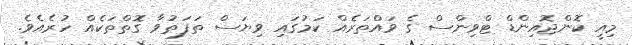
މިއީ ކޮންޖޮއިންޑް ޓްވިންސް ގެ ވައްތަރެއް ކަމުގައި ވިޔަސް ތަފަތުވާ ގޮތްތަކެއް ހުރެއެވެ.